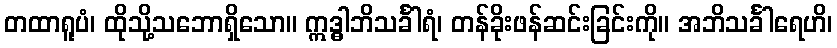
တထာရူပံ၊ ထိုသို့သဘောရှိသော။ ဣဒ္ဓါဘိသင်္ခါရံ၊ တန်ခိုးဖန်ဆင်းခြင်းကို။ အဘိသင်္ခါရေဟိ၊